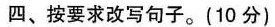
四、按要求改写句子。(10分)